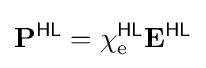
\mathbf {P} ^{\textsf {HL}}=\chi _{\text{e}}^{\textsf {HL}}\mathbf {E} ^{\textsf {HL}}